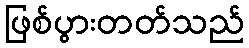
ဖြစ်ပွားတတ်သည်